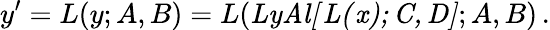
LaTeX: y^{\prime}=L(y;A,B)=L(\mathit{LyAl[L(x);C,D]};A,B)\, .